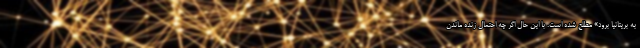
به بریتانیا برود» مطلع شده‌ است. با این حال اگر چه احتمال زنده ماندن